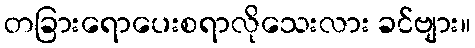
တခြားရောပေးစရာလိုသေးလား ခင်ဗျား။